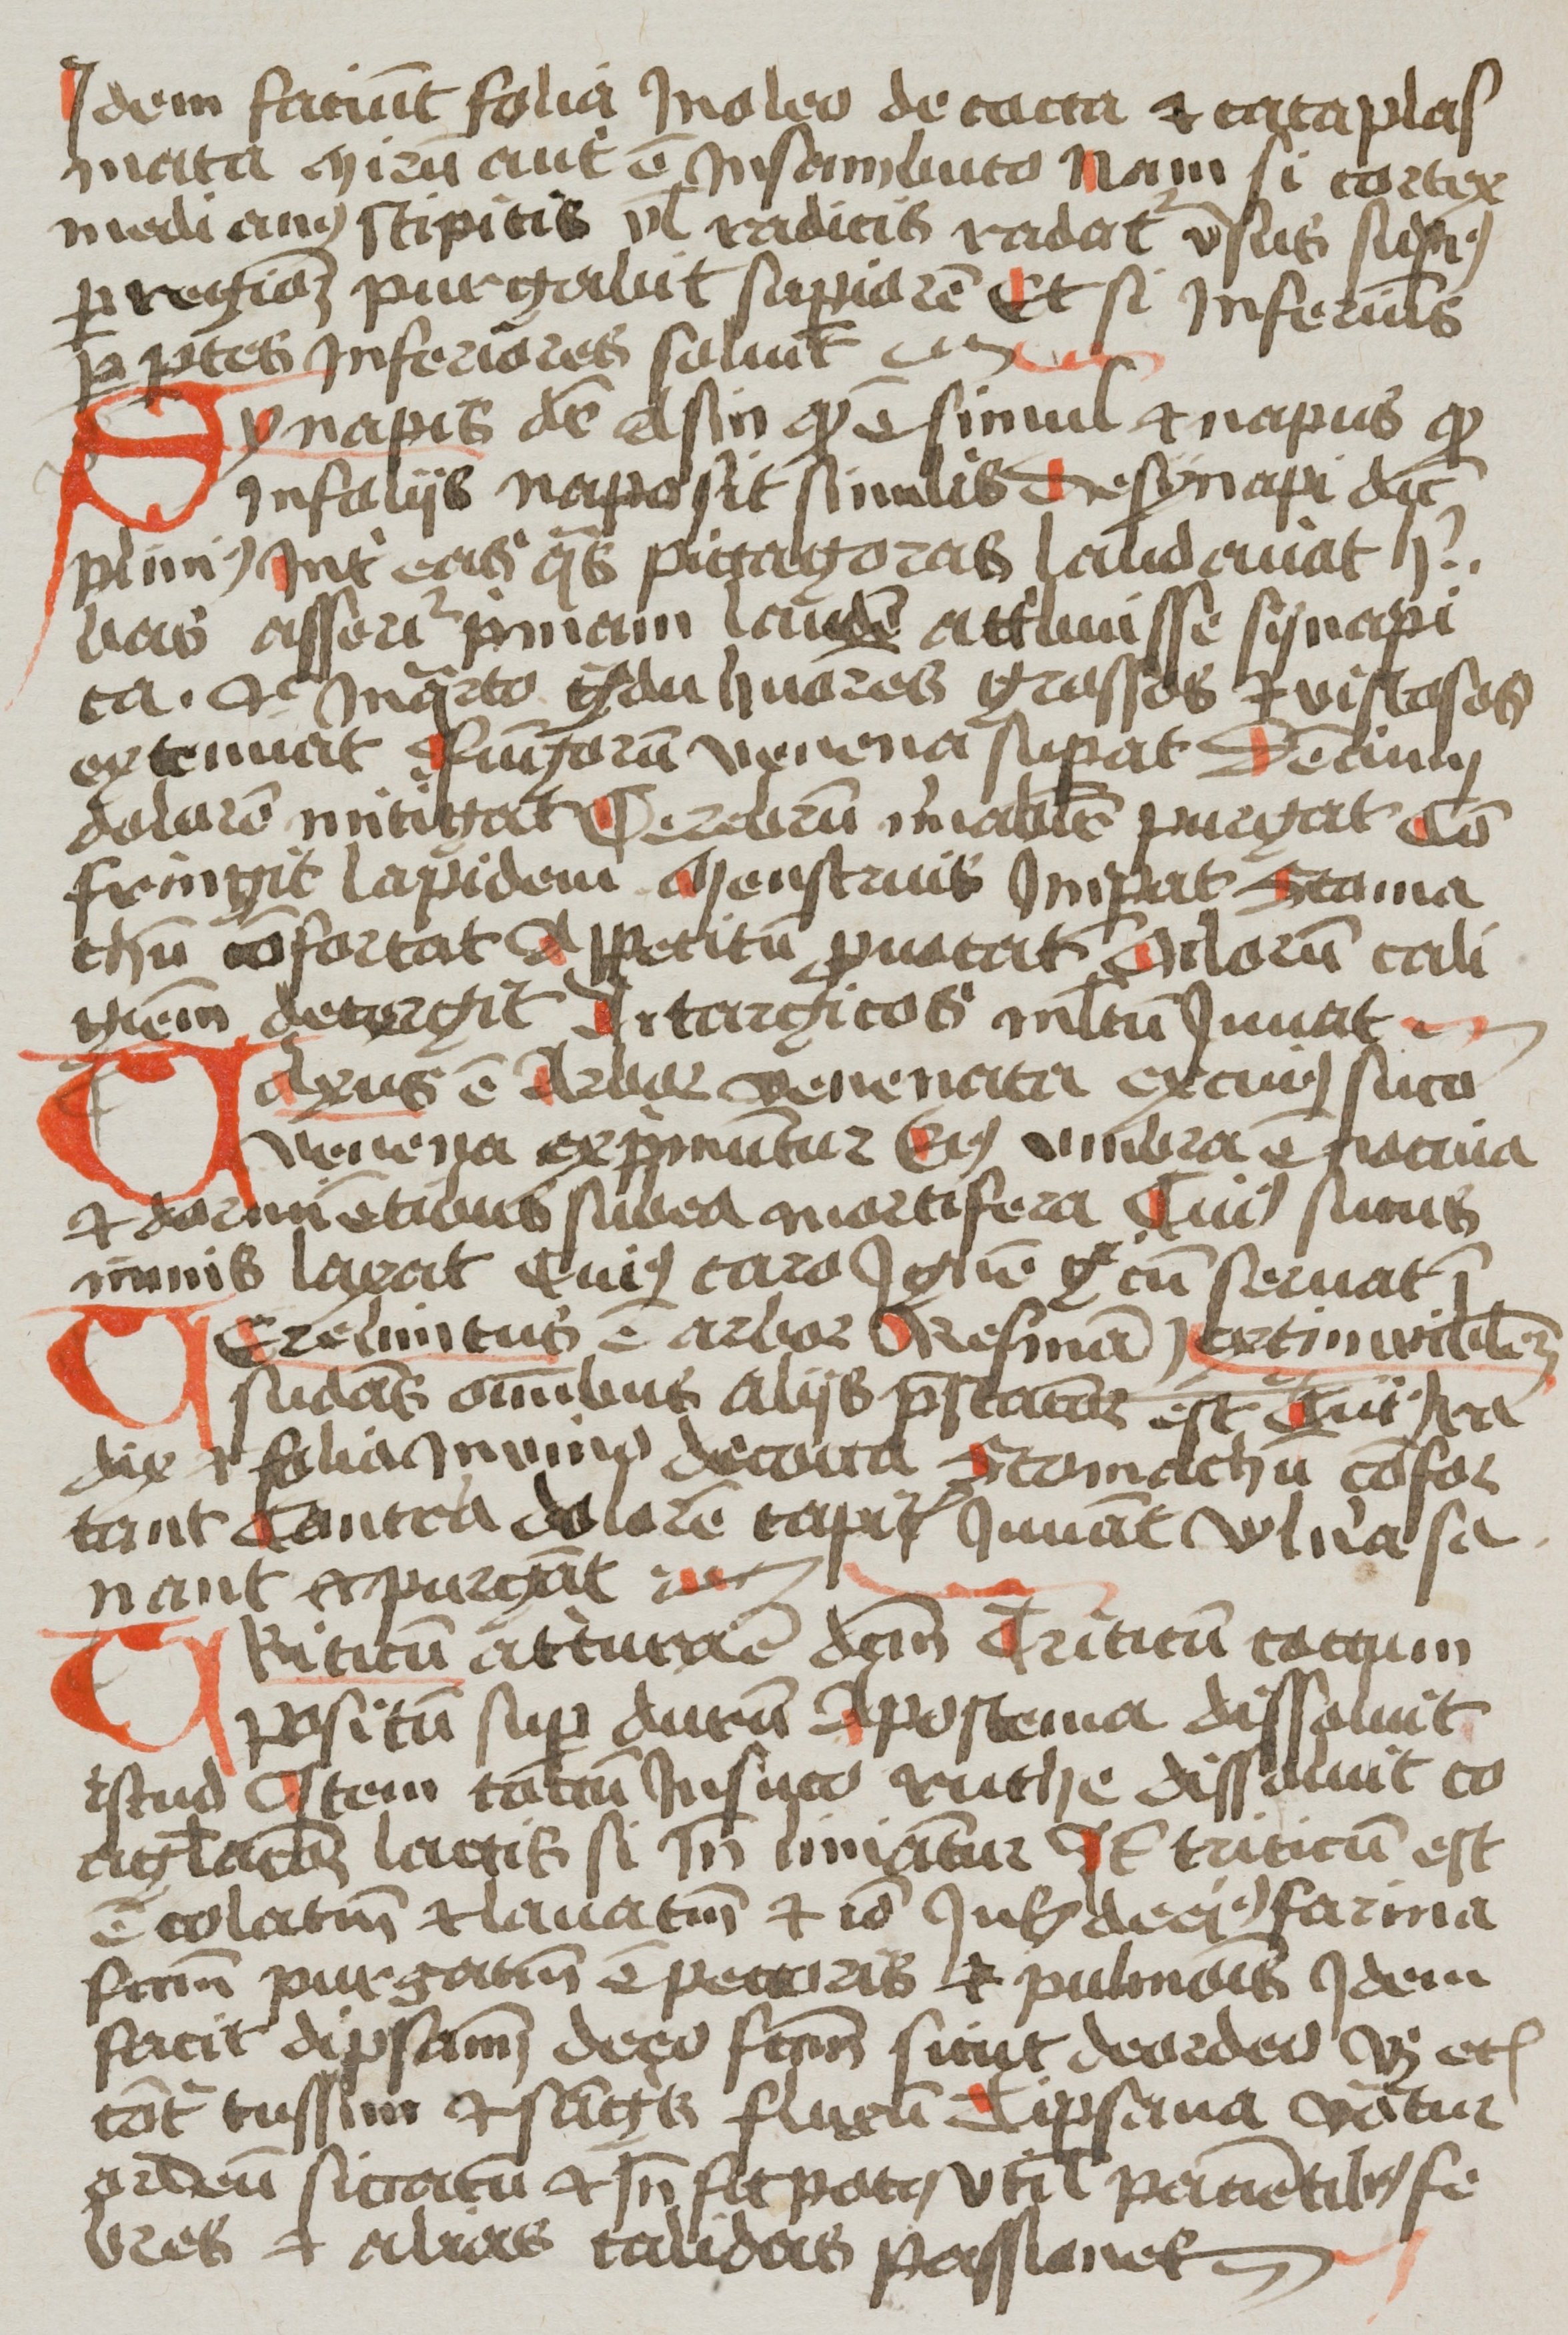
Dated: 1400–1499